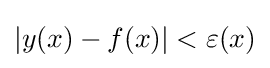
|y(x)-f(x)|<\varepsilon (x)